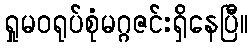
ရှုမဝရုပ်စုံမဂ္ဂဇင်းရှိနေပြီ။